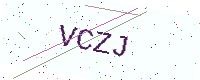
Text: VCZJ